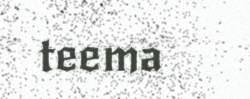
teema